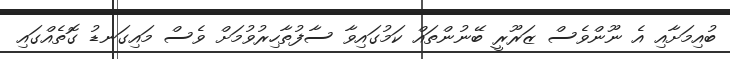
ބުއިމަށާއި އެ ނޫންވެސް ޒަރޫރީ ބޭނުންތައް ކަމުގައިވާ ސާފުތާހިރުވުމަށް ވެސް މައިގަނޑު ގޮތެއްގައި